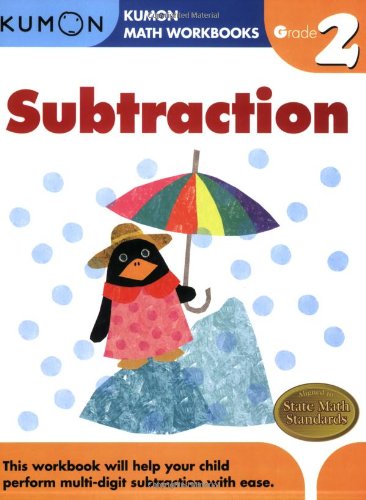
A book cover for Grade 2 Subtraction (Kumon Math Workbooks); Kumon Publishing; Children's Books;